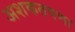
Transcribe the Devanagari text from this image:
अशकतपणा